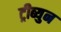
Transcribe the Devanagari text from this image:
ट्रीब्युन